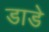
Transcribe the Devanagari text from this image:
डाडे